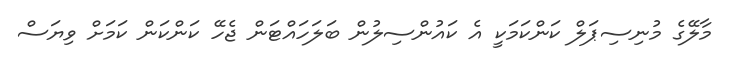
މާލޭގެ މުނިސިޕަލް ކަންކަމަކީ އެ ކައުންސިލުން ބަލަހައްޓަން ޖެހޭ ކަންކަން ކަަމަށް ވިޔަސް